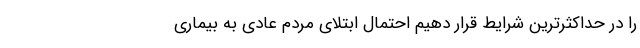
را در حداکثرترین شرایط قرار دهیم احتمال ابتلای مردم عادی به بیماری